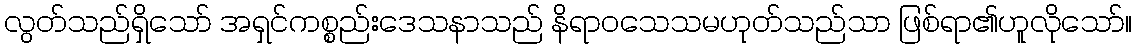
လွတ်သည်ရှိသော် အရှင်ကစ္စည်းဒေသနာသည် နိရာဝသေသမဟုတ်သည်သာ ဖြစ်ရာ၏ဟူလိုသော်။